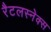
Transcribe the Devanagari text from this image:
रैटलस्नेक्स